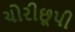
ચોરીછૂપી